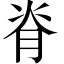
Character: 脊